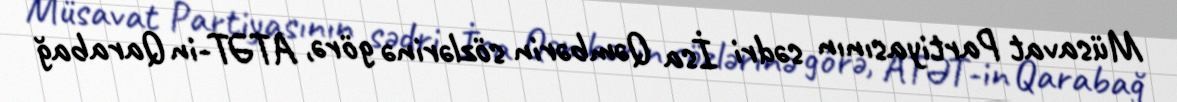
Müsavat Partiyasının sədri İsa Qəmbərin sözlərinə görə, ATƏT-in Qarabağ